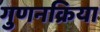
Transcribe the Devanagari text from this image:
गुणनक्रिया